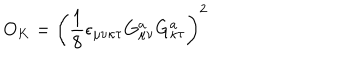
O _ { K } = \left( \frac 1 8 \epsilon _ { \mu \nu \kappa \tau } G _ { \mu \nu } ^ { a } G _ { \kappa \tau } ^ { a } \right) ^ { 2 }